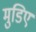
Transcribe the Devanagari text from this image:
मुडिए